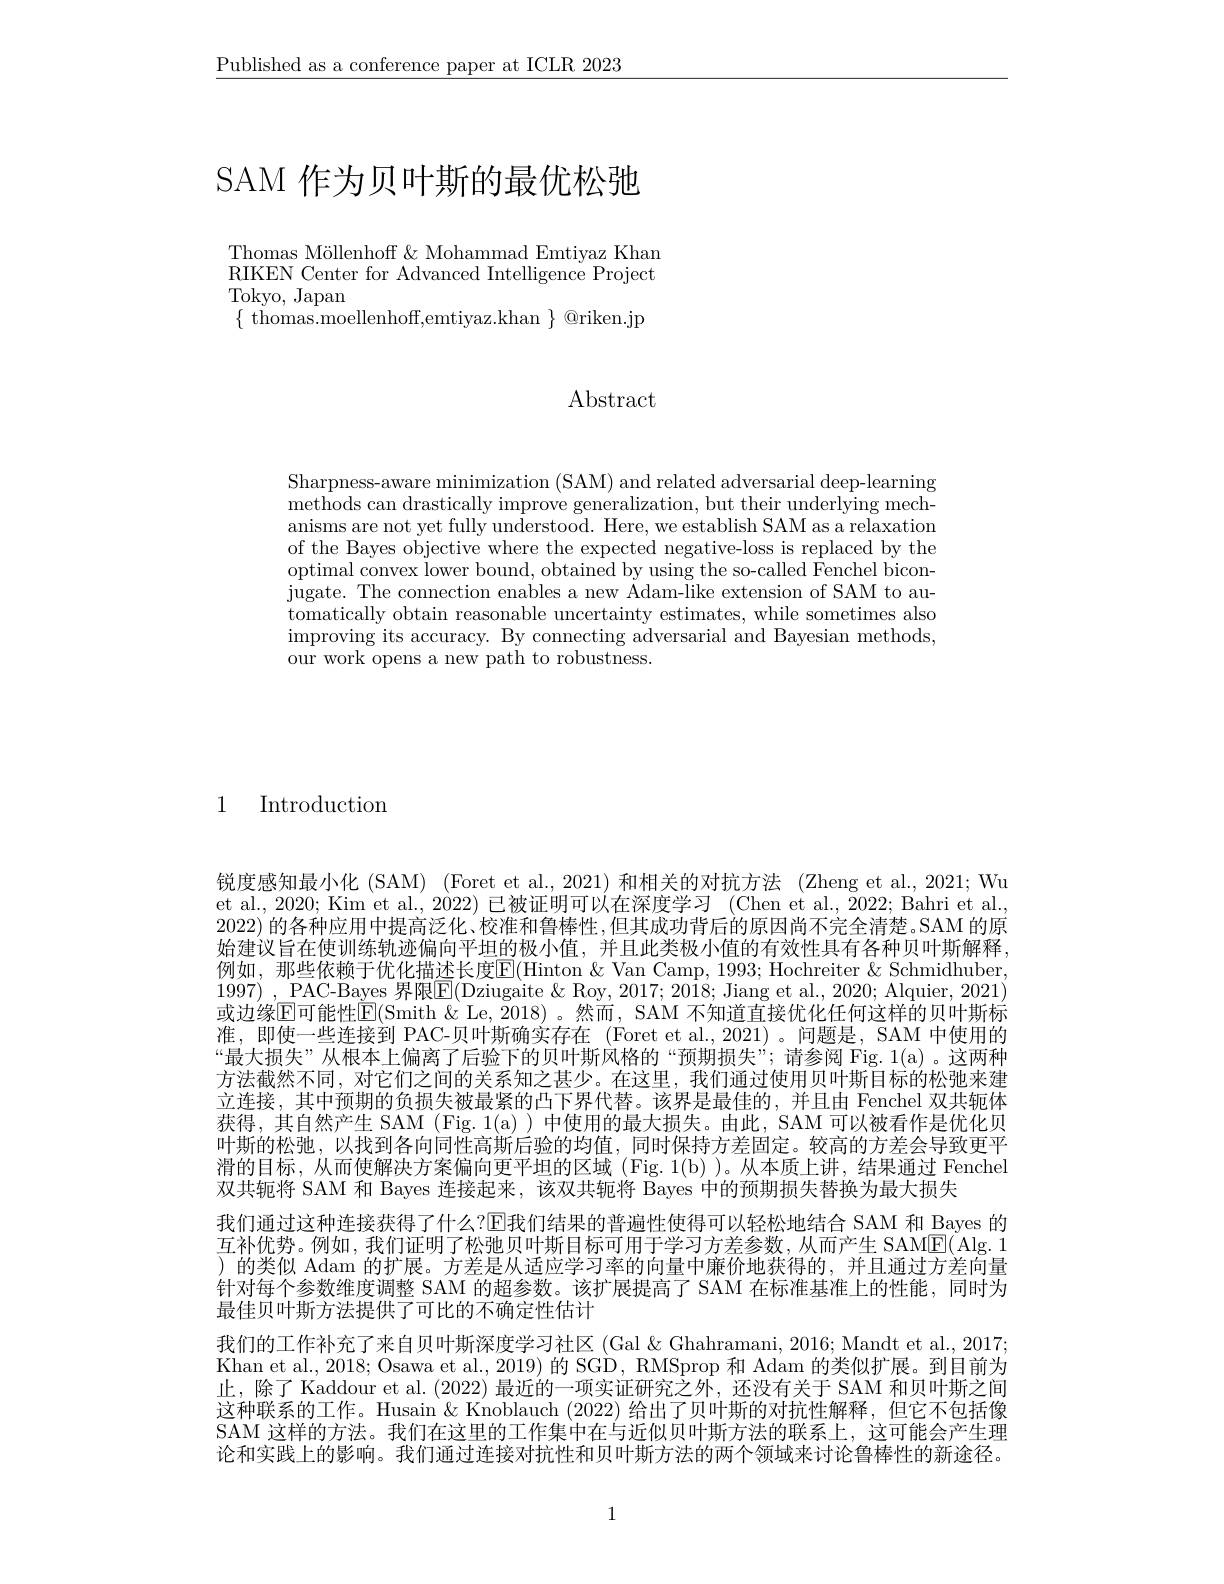
$\underline{\text{Published as a conference paper at ICLR 2023}}$

# SAM 作为贝叶斯的最优松弛

Thomas Möllenhof & Mohammad Emtiyaz Khan RIKEN Center for Advanced Intelligence Project Tokyo, Japan
$\{$ thomas.moellenhoff,emtiyaz.khan $\}$ @riken.jp

Abstract

Sharpness-aware minimization (SAM) and related adversarial deep-learning methods can drastically improve generalization, but their underlying mechanisms are not yet fully understood. Here, we establish SAM as a relaxation of the Bayes objective where the expected negative-loss is replaced by the optimal convex lower bound, obtained by using the so-called $\bar{\text{Fenchel bicon-}}$ jugate. The connection enables a new Adam-like extension of SAM to automatically obtain reasonable uncertainty estimates, while sometimes also $\operatorname*{improving}$ its accuracy. By connecting adversarial and Bayesian methods, our work opens a new path to robustness.

1 Introduction

锐度感知最小化 (SAM) (Foret et al.,2021)和相关的对抗方法 (Zheng et al.,2021; Wu et al., 2020; Kim et al., 2022) 已被证明可以在深度学习 (Chen et al., 2022; Bahri et al. 2022) 的各种应用中提高泛化、校准和鲁棒性，但其成功背后的原因尚不完全清楚。SAM 的原始建议旨在使训练轨迹偏向平坦的极小值，并且此类极小值的有效性具有各种贝叶斯解释， 例如，那些依赖于优化描述长度$\mathbb{E}($Hinton &Van Camp, 1993; Hochreiter & Schmidhuber, 1997) , PAC-Bayes 界限$\boxed{\mathrm{E}}($Dziugaite &Roy, 2017; 2018; Jiang et al., 2020; Alquier, 2021) 或边缘$\overline{\mathrm{E}}$可能性$\underline{\mathrm{E}}($Smith & Le, 2018) 。然而，SAM 不知道直接优化任何这样的贝叶斯标准，即使一些连接到 PAC-贝叶斯确实存在 (Foret et al.,2021)。问题是，SAM 中使用的“最大损失”从根本上偏离了后验下的贝叶斯风格的“预期损失”;请参阅 Fig.1(a)。这两种方法截然不同，对它们之间的关系知之甚少。在这里，我们通过使用贝叶斯目标的松弛来建立连接，其中预期的负损失被最紧的凸下界代替。该界是最佳的，并且由 Fenchel 双共轭体获得，其自然产生 SAM (Fig.1(a))中使用的最大损失。由此，SAM 可以被看作是优化贝叶斯的松弛，以找到各向同性高斯后验的均值，同时保持方差固定。较高的方差会导致更平滑的目标，从而使解决方案偏向更平坦的区域(Fig.1(b))。从本质上讲，结果通过 Fenchel 双共轭将 SAM 和 Bayes 连接起来，该双共轭将 Bayes 中的预期损失替换为最大损失
我们通过这种连接获得了什么？$\mathbb{E}$我们结果的普遍性使得可以轻松地结合 SAM 和 Bayes 的互补优势。例如，我们证明了松弛贝叶斯目标可用于学习方差参数，从而产生 SAM$\overline{\mathrm{E}}($Alg.1 )的类似 Adam 的扩展。方差是从适应学习率的向量中廉价地获得的，并且通过方差向量针对每个参数维度调整 SAM 的超参数。该扩展提高了 SAM 在标准基准上的性能，同时为最佳贝叶斯方法提供了可比的不确定性估计
我们的工作补充了来自贝叶斯深度学习社区 (Gal & Ghahramani, 2016; Mandt et al., 2017; Khan et al., 2018; Osawa et al., 2019) 的 SGD, RMSprop 和 Adam 的类似扩展。到目前为止，除了 Kaddour et al. (2022) 最近的一项实证研究之外，还没有关于 SAM 和贝叶斯之间这种联系的工作。Husain & Knoblauch (2022)给出了贝叶斯的对抗性解释，但它不包括像SAM 这样的方法。我们在这里的工作集中在与近似贝叶斯方法的联系上，这可能会产生理论和实践上的影响。我们通过连接对抗性和贝叶斯方法的两个领域来讨论鲁棒性的新途径。

1